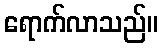
ရောက်လာသည်။